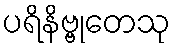
ပရိနိဗ္ဗုတေသု